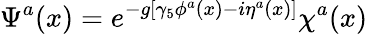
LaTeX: \Psi^{a}(x)=e^{-g[\gamma_{5}\phi^{a}(x)-i\eta^{a}(x)]}\chi^{a}(x)